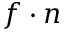
f \cdot n